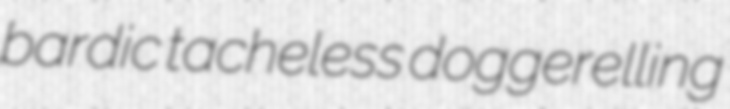
bardic tacheless doggerelling